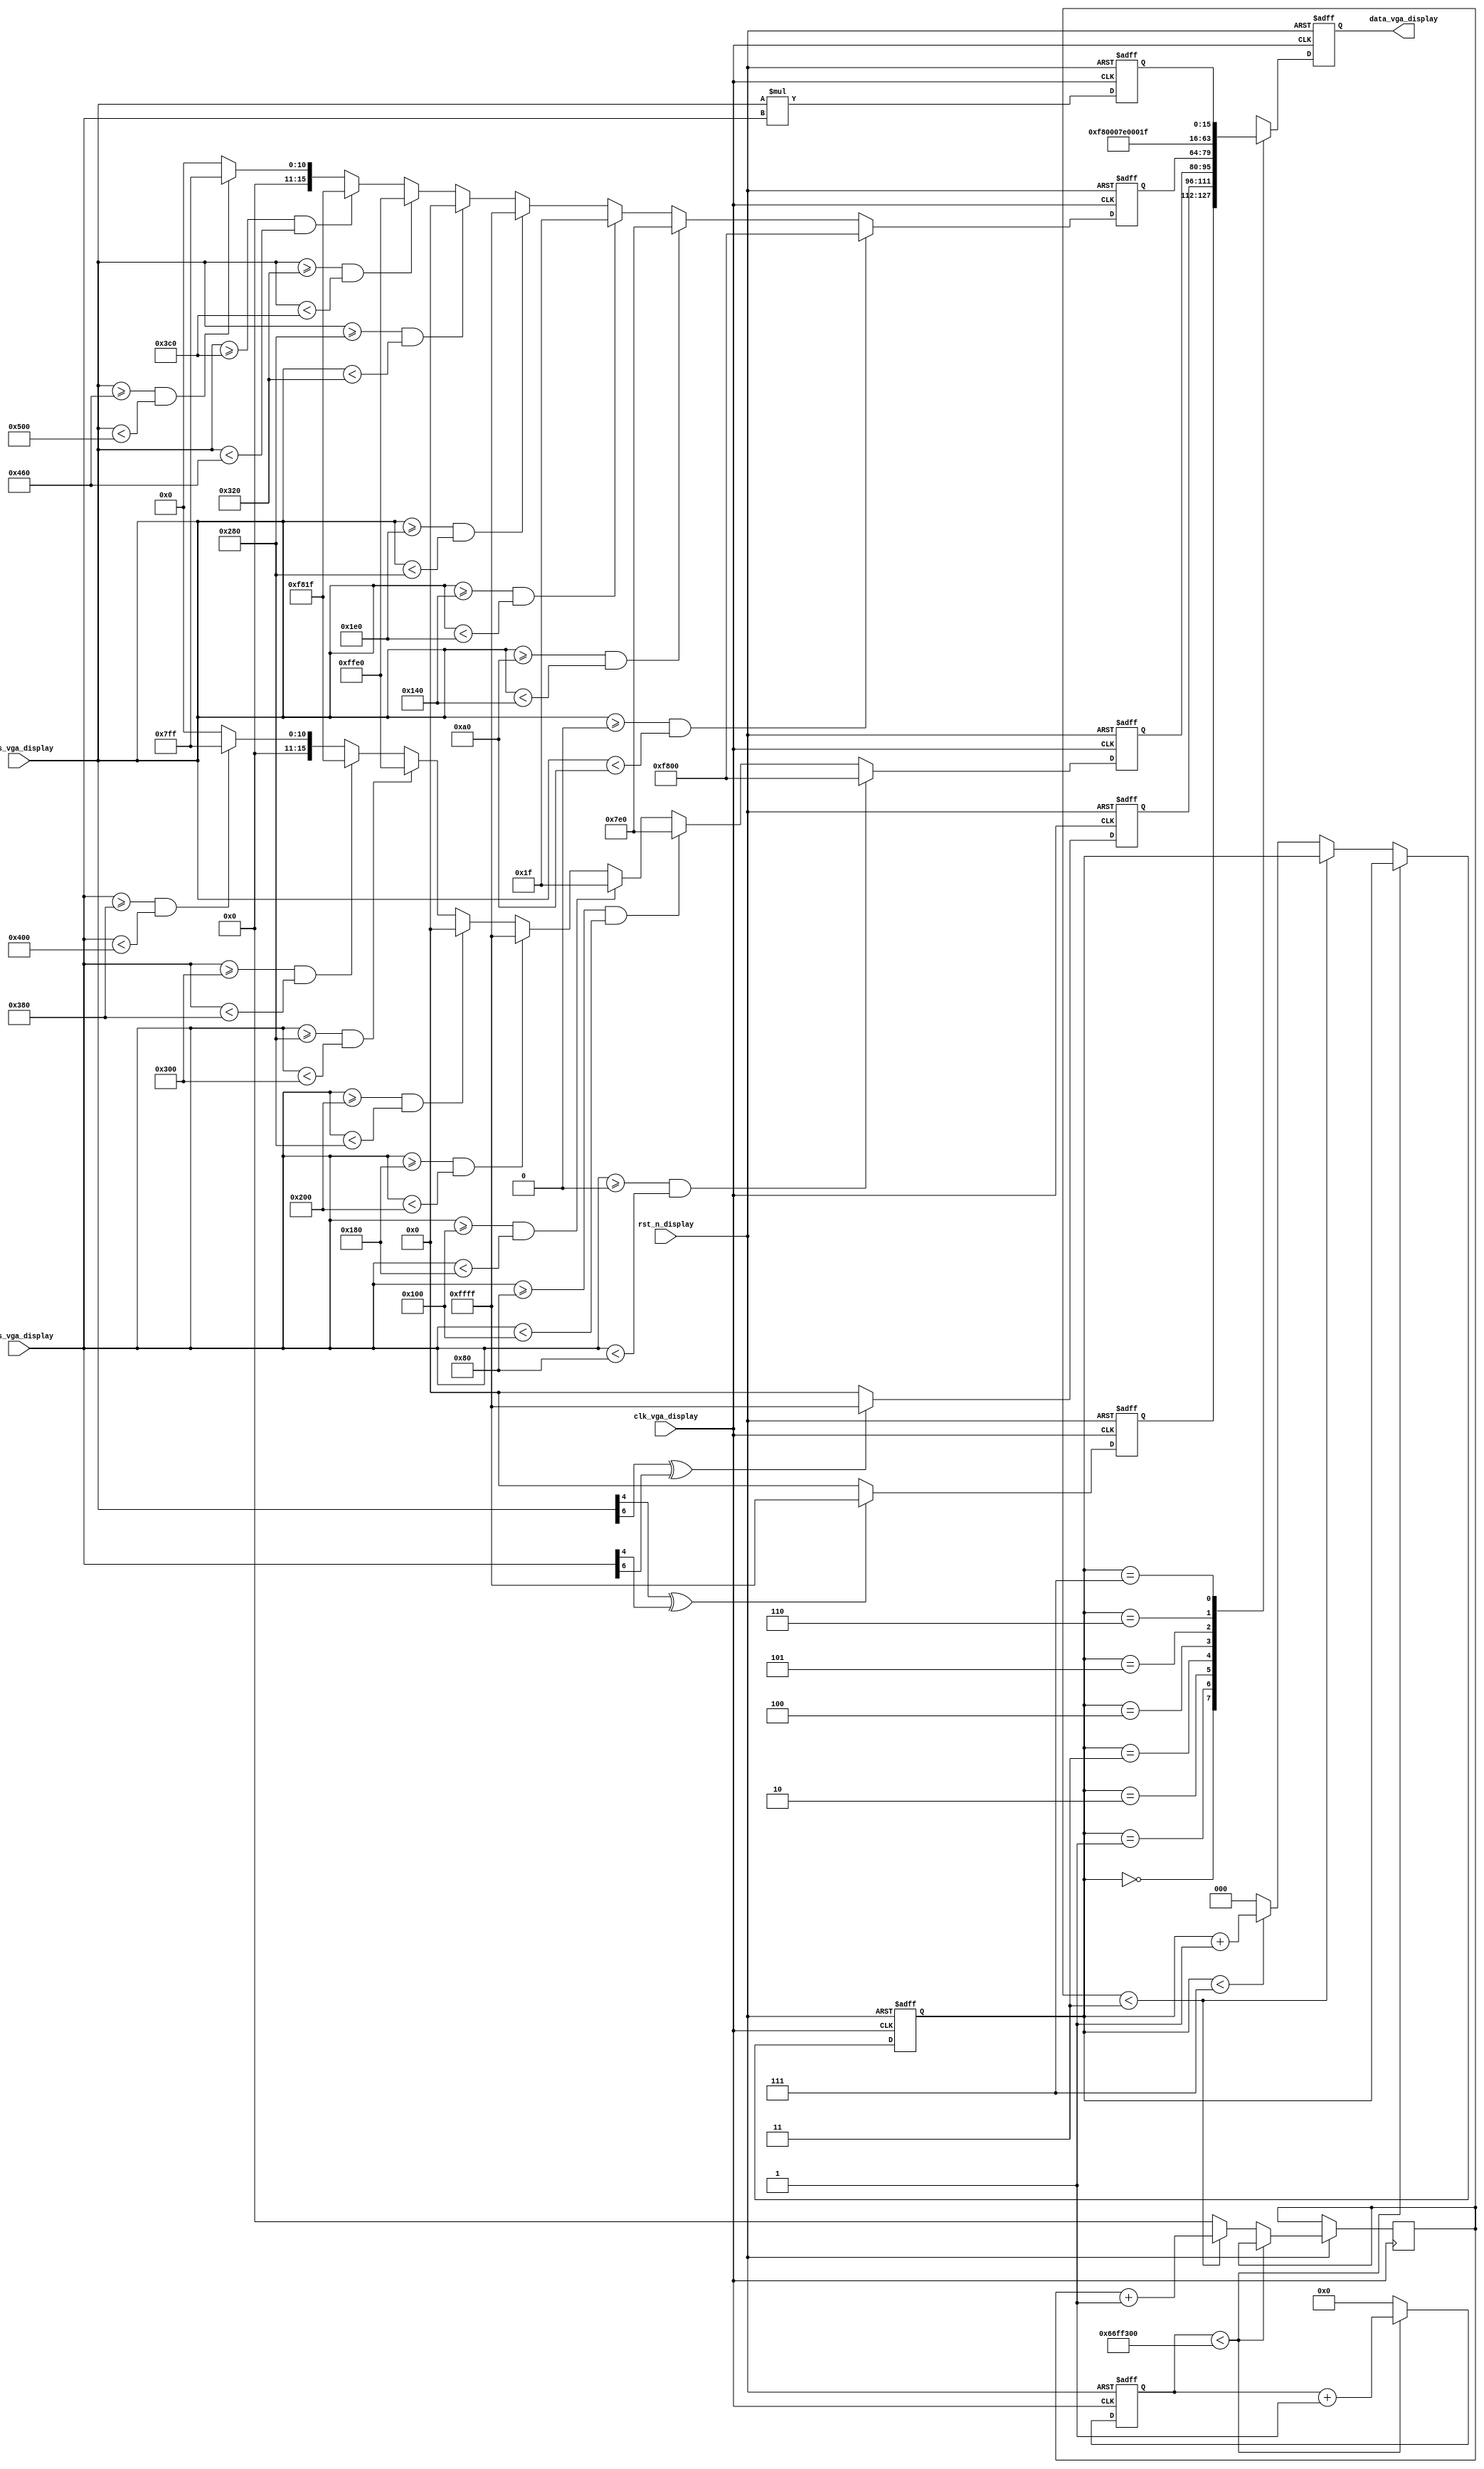
module display_vga 
#(
/***********************************************
    1280 x 1024 @ 60 Hz
***********************************************/
    parameter 
    H_DISP          = 12'd1280,
    V_DISP          = 12'd1024,
    PIXEL_FREQUENCY = 28'd108_000000,
    DELAY           = 5'd3
)
(
    input             clk_vga_display,
    input             rst_n_display,
    input [11:0]      xpos_vga_display,  //
    input [11:0]      ypos_vga_display,  //
    
    output reg [15:0] data_vga_display   //
);

/****************************************************************
    RGB565
****************************************************************/
    localparam
    RED    = 16'hF800,   //11111_000000_00000 
    GREEN  = 16'h07E0,   //00000_111111_00000 
    BLUE   = 16'h001F,   //00000_000000_11111 
    WHITE  = 16'hFFFF,   //11111_111111_11111 
    BLACK  = 16'h0000,   //00000_000000_00000 
    YELLOW = 16'hFFE0,   //11111_111111_00000 
    MAGENTA= 16'hF81F,   //11111_000000_11111 
    CYAN   = 16'h07FF;   //00000_111111_11111 
    
/****************************************************************
    
****************************************************************/
    reg [27:0] cnt_display;     //1
    reg [2:0]  mod_display;     //
    reg [4:0]  delay_display;   //31
    always @ (posedge clk_vga_display or negedge rst_n_display)
        begin
            if (!rst_n_display)
                begin 
                    cnt_display <= 28'd0;
                    mod_display <= 3'd0;
                end 
            else 
                begin 
                    if (cnt_display < PIXEL_FREQUENCY)  //1
                        begin 
                            cnt_display <= cnt_display + 28'd1;            
                        end 
                    else 
                        begin
                            cnt_display <= 28'd0;
                            if (delay_display < DELAY)  // DELAY 
                                delay_display <= delay_display + 5'd1;
                            else 
                                begin
                                    delay_display <= 5'd0;
                                    if (mod_display < 3'd7)   //
                                        mod_display <= mod_display + 3'd1;
                                    else 
                                        mod_display <= 3'd0;
                                end 
                        end
                end 
        end 

/*************************************************************
    1   
*************************************************************/
    reg [15:0] grid1_data_display;
    always @ (posedge clk_vga_display or negedge rst_n_display)
        if (!rst_n_display)
            grid1_data_display <= BLACK;
        else 
            if (xpos_vga_display[4] == 1 ^ ypos_vga_display[4] == 1)
                grid1_data_display <= WHITE;
            else 
                grid1_data_display <= BLACK;
    
/*************************************************************
    2   
*************************************************************/
    reg [15:0] grid2_data_display;
    always @ (posedge clk_vga_display or negedge rst_n_display)
        if (!rst_n_display)
            grid2_data_display <= BLACK;
        else 
            if (xpos_vga_display[6] == 1 ^ ypos_vga_display[6] == 1)
                grid2_data_display <= WHITE;
            else 
                grid2_data_display <= BLACK;
    
/*************************************************************
    1    
*************************************************************/
    reg [15:0] color_bar1_display;
    always @ (posedge clk_vga_display or negedge rst_n_display)
        if (!rst_n_display)
            color_bar1_display <= BLACK;
        else 
            begin
                if (ypos_vga_display >= 0 && ypos_vga_display < (V_DISP >> 3))
                    color_bar1_display <= RED;
                else if (ypos_vga_display >= (V_DISP >> 3)*1 && ypos_vga_display < (V_DISP >> 3)*2)
                    color_bar1_display <= GREEN;
                else if (ypos_vga_display >= (V_DISP >> 3)*2 && ypos_vga_display < (V_DISP >> 3)*3)
                    color_bar1_display <= BLUE;
                else if (ypos_vga_display >= (V_DISP >> 3)*3 && ypos_vga_display < (V_DISP >> 3)*4)
                    color_bar1_display <= WHITE;
                else if (ypos_vga_display >= (V_DISP >> 3)*4 && ypos_vga_display < (V_DISP >> 3)*5)
                    color_bar1_display <= BLACK;
                else if (ypos_vga_display >= (V_DISP >> 3)*5 && ypos_vga_display < (V_DISP >> 3)*6)
                    color_bar1_display <= YELLOW;
                else if (ypos_vga_display >= (V_DISP >> 3)*6 && ypos_vga_display < (V_DISP >> 3)*7)
                    color_bar1_display <= MAGENTA;
                else if (ypos_vga_display >= (V_DISP >> 3)*7 && ypos_vga_display < (V_DISP >> 3)*8)
                    color_bar1_display <= CYAN;
                else 
                    color_bar1_display <= BLACK;
            end 
    
/*************************************************************
    2    
*************************************************************/
    reg [15:0] color_bar2_display;
    always @ (posedge clk_vga_display or negedge rst_n_display)
        if (!rst_n_display)
            color_bar2_display <= BLACK;
        else 
            begin
                if (xpos_vga_display >= 0 && xpos_vga_display < (H_DISP >> 3))
                    color_bar2_display <= RED;
                else if (xpos_vga_display >= (H_DISP >> 3)*1 && xpos_vga_display < (H_DISP >> 3)*2)
                    color_bar2_display <= GREEN;
                else if (xpos_vga_display >= (H_DISP >> 3)*2 && xpos_vga_display < (H_DISP >> 3)*3)
                    color_bar2_display <= BLUE;
                else if (xpos_vga_display >= (H_DISP >> 3)*3 && xpos_vga_display < (H_DISP >> 3)*4)
                    color_bar2_display <= WHITE;
                else if (xpos_vga_display >= (H_DISP >> 3)*4 && xpos_vga_display < (H_DISP >> 3)*5)
                    color_bar2_display <= BLACK;
                else if (xpos_vga_display >= (H_DISP >> 3)*5 && xpos_vga_display < (H_DISP >> 3)*6)
                    color_bar2_display <= YELLOW;
                else if (xpos_vga_display >= (H_DISP >> 3)*6 && xpos_vga_display < (H_DISP >> 3)*7)
                    color_bar2_display <= MAGENTA;
                else if (xpos_vga_display >= (H_DISP >> 3)*7 && xpos_vga_display < (H_DISP >> 3)*8)
                    color_bar2_display <= CYAN;
                else 
                    color_bar2_display <= BLACK;
            end 
            
/*************************************************************
    
**************************************************************/
    reg [15:0] flower_matrix_display;
    wire [21:0] flower_result = xpos_vga_display * ypos_vga_display;
    always @ (posedge clk_vga_display or negedge rst_n_display)
        if (!rst_n_display)
            flower_matrix_display <= BLACK;
        else 
            flower_matrix_display <= flower_result[15:0];
        
/*************************************************************
    
*************************************************************/
    always @ (posedge clk_vga_display or negedge rst_n_display)
        if (!rst_n_display)
            data_vga_display <= 16'd0;
        else 
            case (mod_display)
                3'd0 : data_vga_display <= grid1_data_display;
                3'd1 : data_vga_display <= grid2_data_display;
                3'd2 : data_vga_display <= color_bar1_display;
                3'd3 : data_vga_display <= color_bar2_display;
                3'd4 : data_vga_display <= RED;
                3'd5 : data_vga_display <= GREEN;
                3'd6 : data_vga_display <= BLUE;
                3'd7 : data_vga_display <= flower_matrix_display;
                default : data_vga_display <= BLACK;
            endcase
            
endmodule